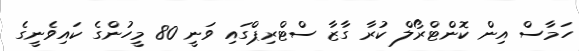
ހަމާސް އިން ކޮންޓްރޯލް ކުރާ ގާޒާ ސްޓްރިޕްގައި ވަނީ 80 މީހުންގެ ކައިވެނީގެ